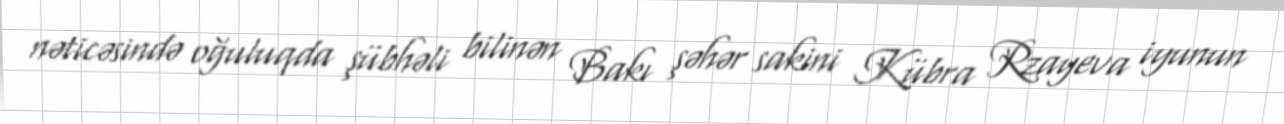
nəticəsində oğuluqda şübhəli bilinən Bakı şəhər sakini Kübra Rzayeva iyunun